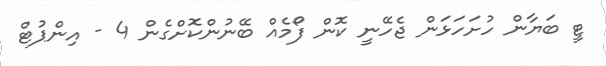
ޓީ ބަޔާން ހުށަހަޅަން ޖެހޭނީ ކޮން ފޯމެއް ބޭނުންކޮށްގެން 4 - އިންޕުޓް